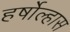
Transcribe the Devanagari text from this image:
हर्षोल्हास